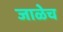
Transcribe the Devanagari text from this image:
जाळेच